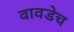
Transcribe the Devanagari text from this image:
वावडेच